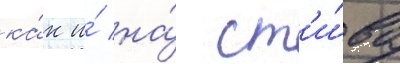
ка́к и́ на́ ст'и́ва